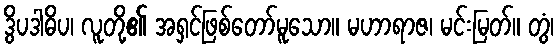
ဒွိပဒါဓိပ၊ လူတို့၏ အရှင်ဖြစ်တော်မူသော။ မဟာရာဇ၊ မင်းမြတ်။ တွံ၊